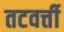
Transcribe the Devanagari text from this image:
तटवर्त्ती